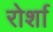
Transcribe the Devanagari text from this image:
रोर्शा